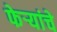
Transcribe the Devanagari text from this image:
फेर्‍यांचे